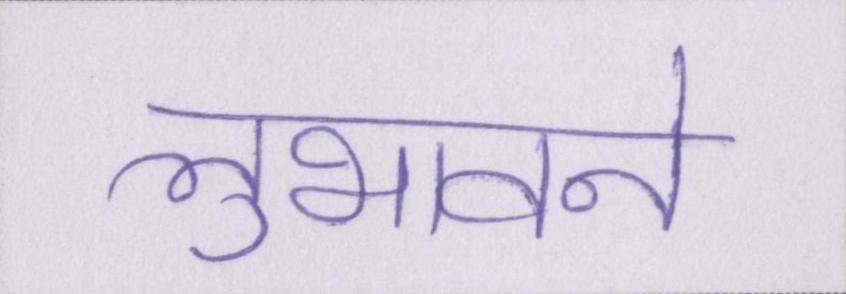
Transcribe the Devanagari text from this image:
लुभावने